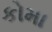
કોમા